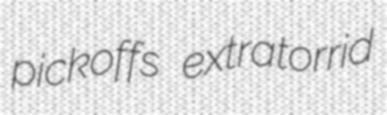
pickoffs extratorrid